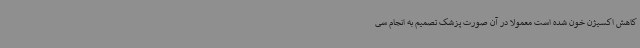
کاهش اکسیژن خون شده است معمولاً در آن صورت پزشک تصمیم به انجام سی